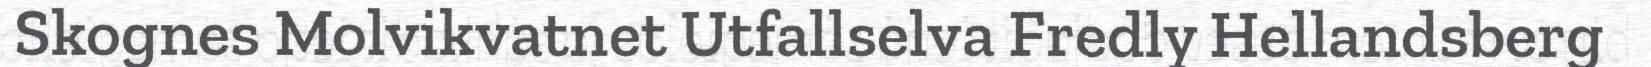
Skognes Molvikvatnet Utfallselva Fredly Hellandsberg